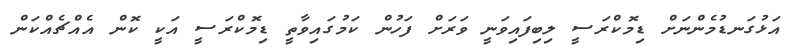
އަޅުގަނޑުމެންނަށް ޑިމޮކްރަސީ ލިބިފައިވަނީ ވަރަށް ފަހުން ކަމުގައިވާތީ ޑިމޮކްރަސީ އަކީ ކޮން އެއްޗެއްކަން